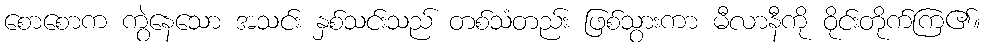
စောစောက ကွဲနေသော အသင်း နှစ်သင်းသည် တစ်သံတည်း ဖြစ်သွားကာ မီလာနီကို ဝိုင်းတိုက်ကြ၏။